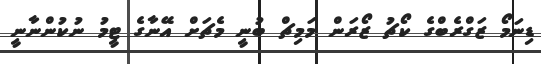
ޑިނަމޯ ޒަގްރެބްގެ ކޯޗު ޒޯރަން މަމިޗް ބުނީ މެޗަށް އޭނާގެ ޓީމު ނުކުންނާނީ